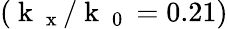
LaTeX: \left(\mathrm{~k~}_{\mathrm{~x~}}/\mathrm{~k~}_{\mathrm{~0~}}=0.21\right)